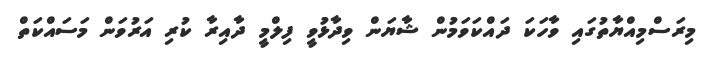
މިރަސްމިއްޔާތުގައި ވާހަކަ ދައްކަވަމުން ޝާޔަން ވިދާޅުވީ ފިލްމީ ދާއިރާ ކުރި އަރުވަން މަސައްކަތް